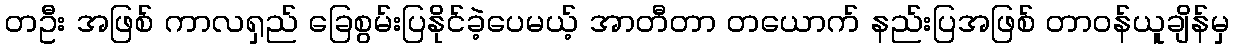
တဦး အဖြစ် ကာလရှည် ခြေစွမ်းပြနိုင်ခဲ့ပေမယ့် အာတီတာ တယောက် နည်းပြအဖြစ် တာဝန်ယူချိန်မှ